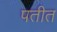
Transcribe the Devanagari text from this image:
पतीत